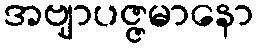
အဗျာပဇ္ဇမာနော